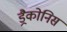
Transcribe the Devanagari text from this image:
ड्रैकोनिस